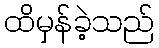
ထိမှန်ခဲ့သည်